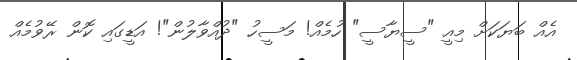
އެއް ބަޔަކަށް މިއީ "ސީޔާސީ" ހުމެއް! މަސީހު "ދުއްވާލުން"! އަޑީގައި ކޮން ރޭވުމެއް